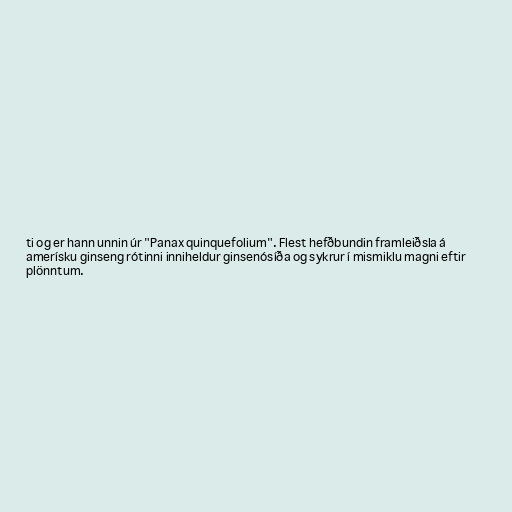
ti og er hann unnin úr "Panax quinquefolium". Flest hefðbundin framleiðsla á
amerísku ginseng rótinni inniheldur ginsenósíða og sykrur í mismiklu magni eftir
plönntum.